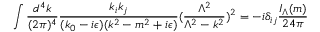
\int { \frac { d ^ { 4 } k } { ( 2 \pi ) ^ { 4 } } } { \frac { k _ { i } k _ { j } } { ( k _ { 0 } - i \epsilon ) ( k ^ { 2 } - m ^ { 2 } + i \epsilon ) } } ( { \frac { \Lambda ^ { 2 } } { \Lambda ^ { 2 } - k ^ { 2 } } } ) ^ { 2 } = - i \delta _ { i j } { \frac { I _ { \Lambda } ( m ) } { 2 4 \pi } }